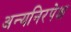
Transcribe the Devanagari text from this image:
अन्यनिरपेक्ष